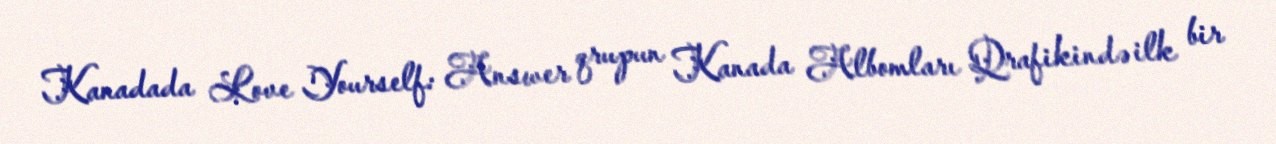
Kanadada Love Yourself: Answer qrupun Kanada Albomları Qrafikində ilk bir